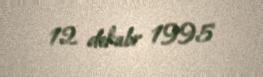
12 dekabr 1995